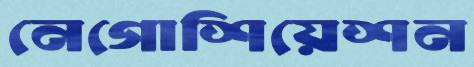
নেগোশিয়েশন